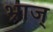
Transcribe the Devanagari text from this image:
भ्राज्